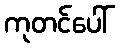
ကုတင်ပေါ်